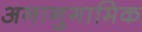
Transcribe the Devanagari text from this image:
अनानुगामिक